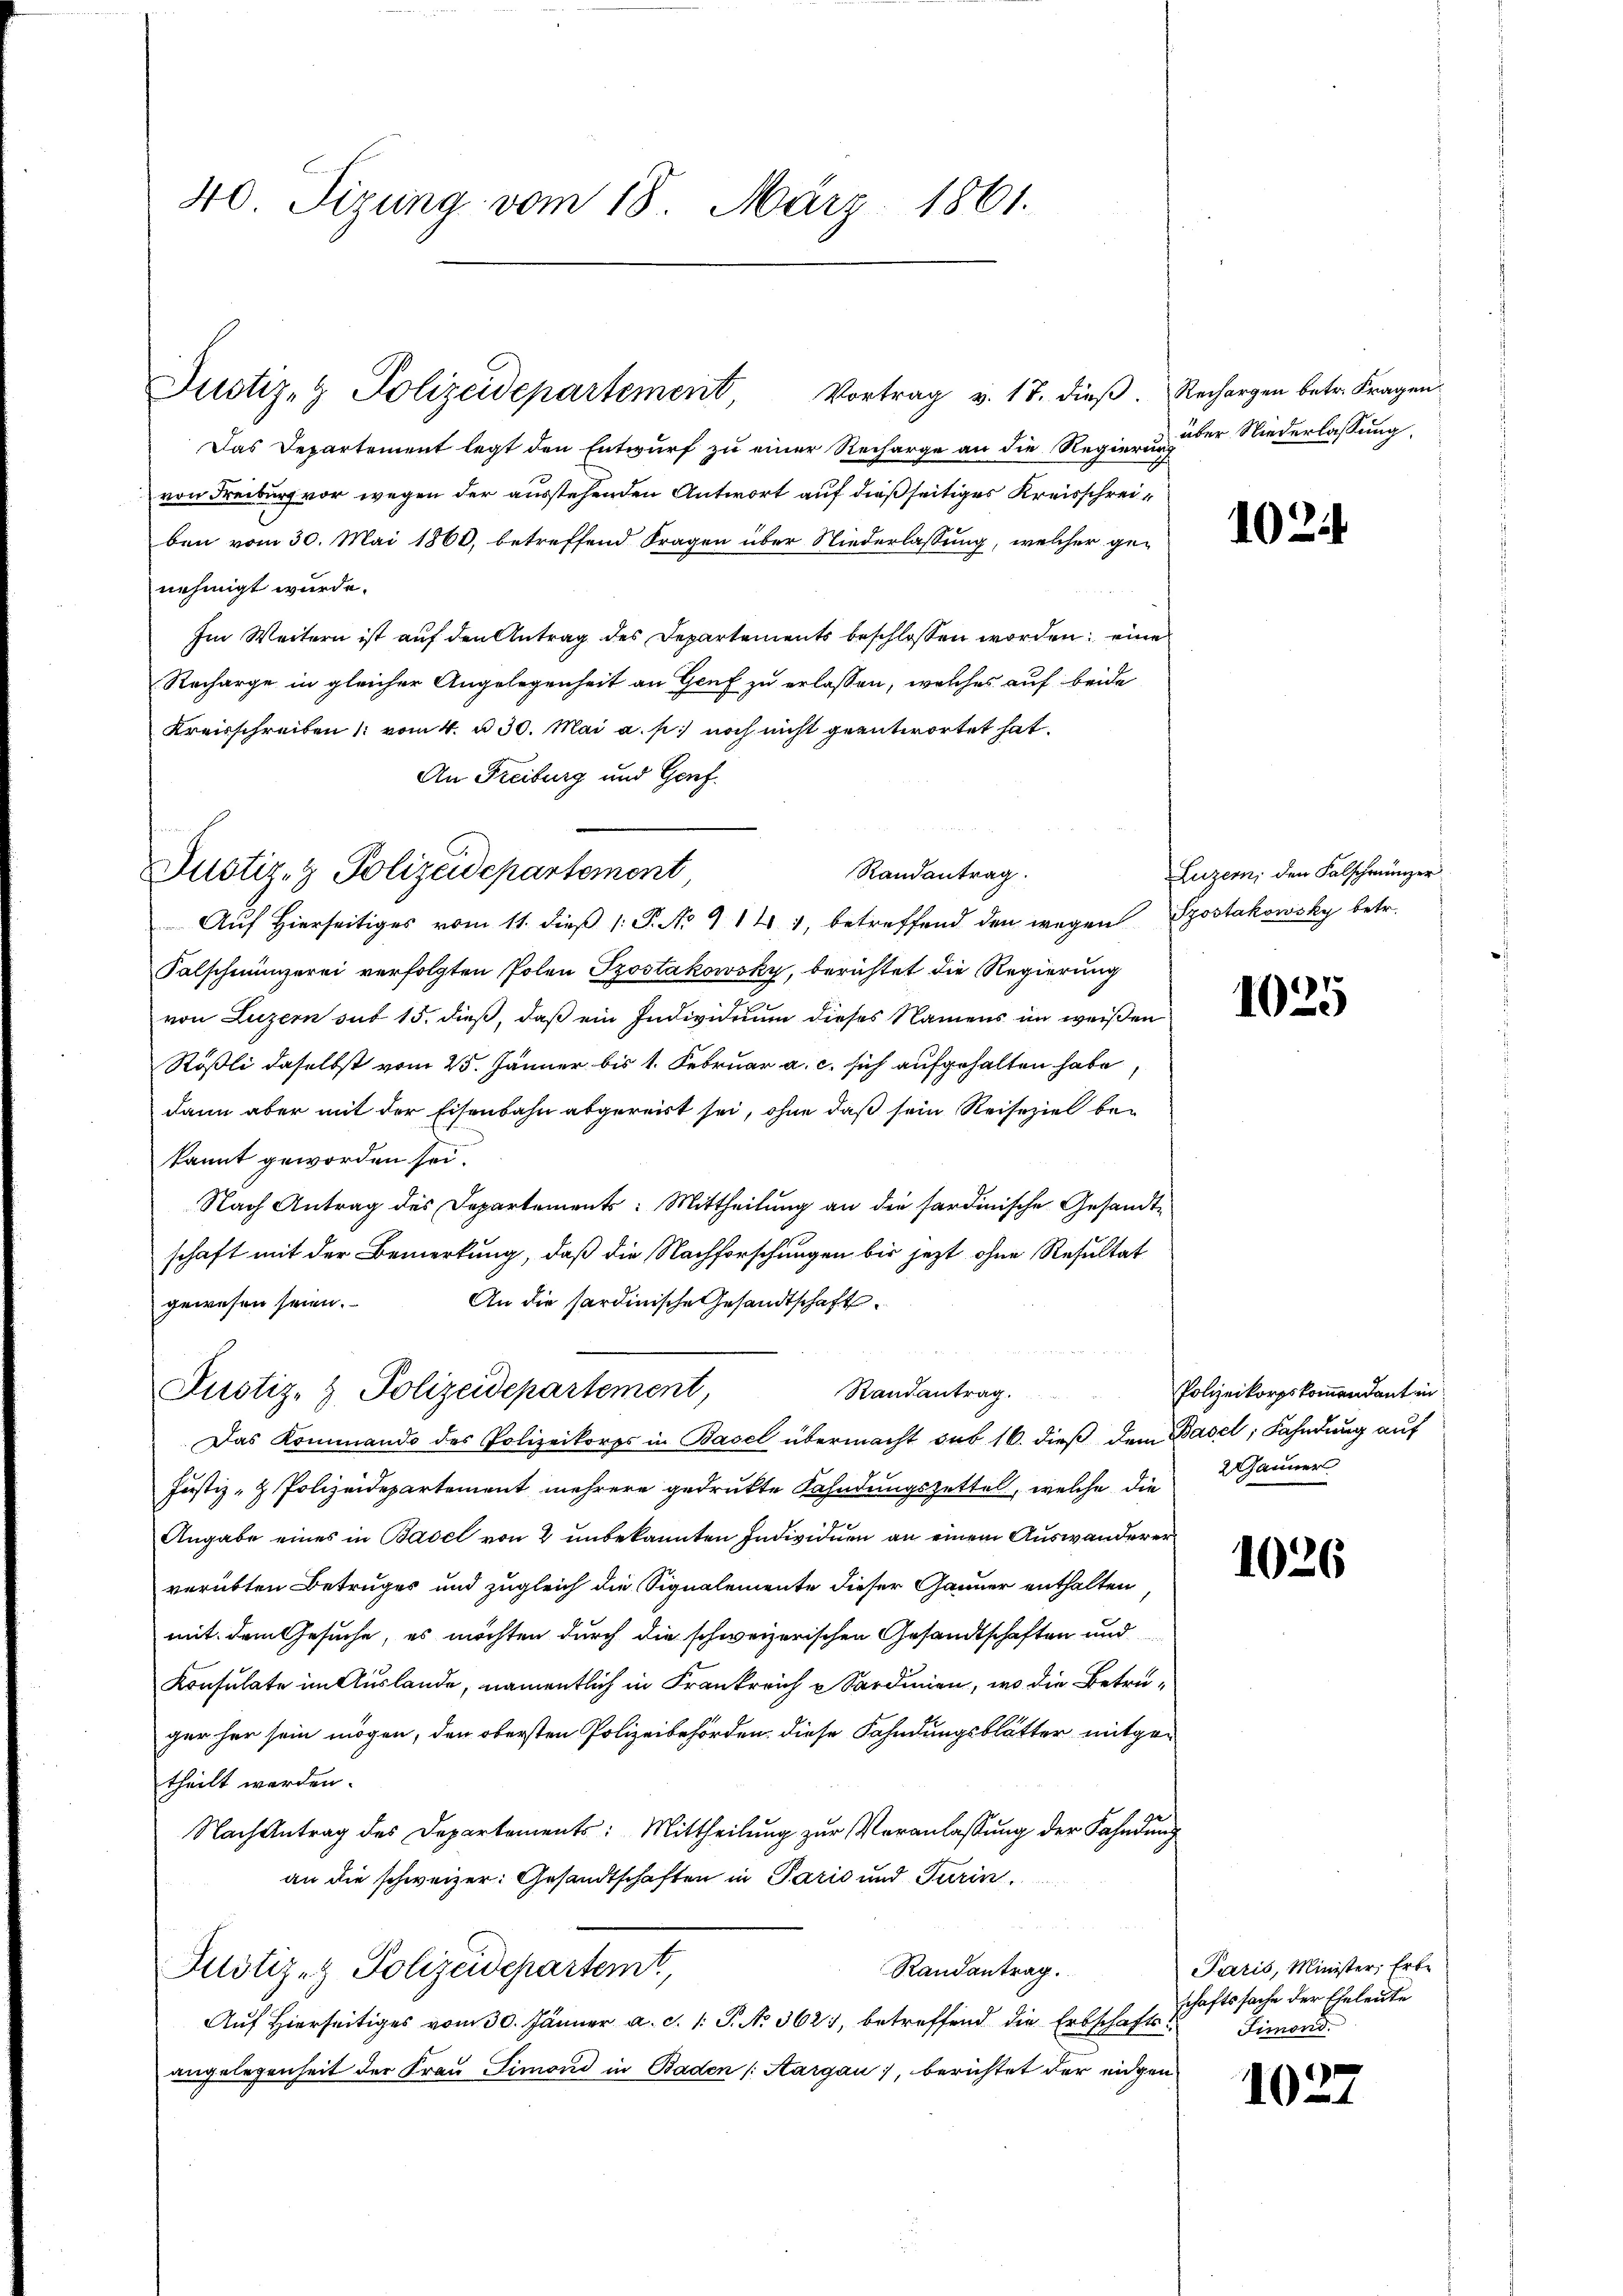
40 Tizung vom 18. März 1861.

Justiz- & Polizeidepartement

Justiz- & Polizeidepartement

Vortrag v. 17. dieß. Rechargen betr. Fragen.
Das Departement legt den Entwurf zu einer Recharge an die Regierung der Niederlassung
von Freiburg vor wegen der ausstehenden Antwort auf dießseitiges Kreisschreiben vom 30. Mai 1860, betreffend Fragen über Niederlassung, welcher ge-
nehmigt wurde.
Im Weitern ist auf den Antrag des Departements beschlossen worden; eine
Recharge in gleicher Angelegenheit an Genf zu erlassen, welches auf beide
Kreisschreiben : vom 4. d. 30. Mai a. p. noch nicht geantwortet hat.
An Freiburg und Genf.
Aŭf Hierseitiges vom 11. dieβ 1: P. No 914 1, betreffend den wegen Szostakowsky betr.
Falschmünzerei verfolgten Polen Szostakowsky, berichtet die Regierung
von Luzern sub 15. dieß, daß ein Individuum dieses Namens im weißen
Rößli daselbst vom 25. Jänner bis 1. Februar a. c. sich aufgehalten habe,
dann aber mit der Eisenbahn abgereist sei, ohne daß sein Reiseziel bekannt geworden sei.
Nach Antrag des Departements: Mittheilung an die sardinische Gesandtschaft mit der Bemerkung, daß die Nachforschungen bis jetzt ohne Resultat
An die Sardinische Gesandtschaft.
gewesen seien.
d
Justiz- & Polizeidepartement,
Randantrag.
Das Kommando des Polizeikorps in Basel übermacht sub 16. dieß dem Basel, Fahndung auf
Justiz- & Polizeidepartement mehrere gedrukte Kahndungszettel, welche die 2 Jänner
Fr
Angabe eines in Basel von 2 unbekannten Individuen an einem Auswanderer
verübten Betruges und zugleich die Signalemente dieser Gänner enthalten,
mit dem Gesuche, es möchten durch die schweizerischen Gesandtschaften und
Konsulate im Auslande, namentlich in Frankreich u Sardien, wo die Betreger her sein mögen, den obersten Polizeibehörden, diese Fahndungsblätter mitgetheilt werden.
Nach Antrag des Departements: Mittheilung zur Veranlassung der Fahndung
an die schweizer: Gesandtschaften in Paris und Turin
Randantrag.
Justiz- & Polizeidepartemt,
Auf Hierseitiges vom 30. Jänner a. d. 1. P. No 362, betreffend die Erbschaftsangelegenheit der Frau Simond in Baden (Aargau, berichtet der eidgen

Randantrag.

1024

Luzern, den Falschmünzer

1025

Polizeikorpskommendant in

1026

Paris, Minister, Erbe
schaftssache der Eheleute
Simoni.

1027